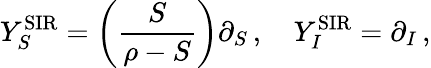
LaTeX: Y_{S}^{\mathrm{SIR}}=\left(\frac{S}{\rho-S}\right)\partial_{S}\, ,\quad Y_{I}^{\mathrm{SIR}}=\partial_{I}\, ,